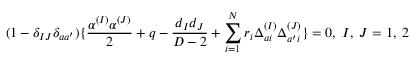
( 1 - \delta _ { I J } \delta _ { a a ^ { \prime } } ) \{ { \frac { \alpha ^ { ( I ) } \alpha ^ { ( J ) } } { 2 } } + q - { \frac { d _ { I } d _ { J } } { D - 2 } } + \sum _ { i = 1 } ^ { N } r _ { i } \Delta _ { a i } ^ { ( I ) } \Delta _ { a ^ { \prime } i } ^ { ( J ) } \} = 0 , \; I , \; J = 1 , \; 2